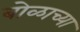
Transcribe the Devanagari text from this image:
बोळाच्या